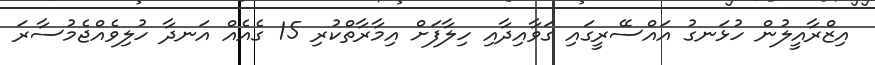
އިޒްރާއީލުން ހުޅަނގު އައްސޭރީގައި ގަވާއިދާއި ހިލާފަށް އިމާރާތްކުރި 15 ގެއެއް އަނދާ ހުލިވެއްޖެމުސާރަ